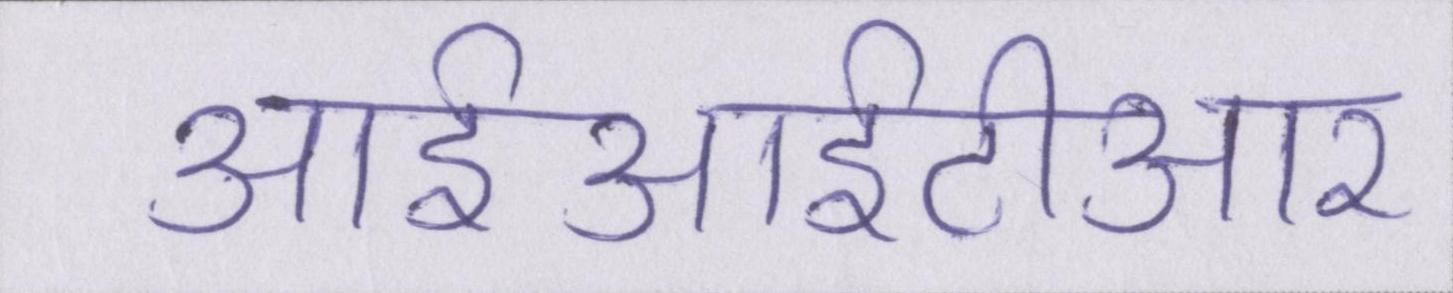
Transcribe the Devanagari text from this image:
आईआईटीआर